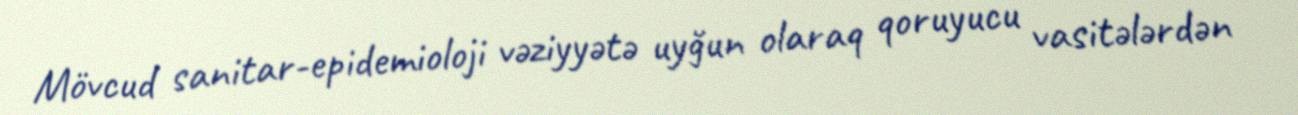
Mövcud sanitar-epidemioloji vəziyyətə uyğun olaraq qoruyucu vasitələrdən